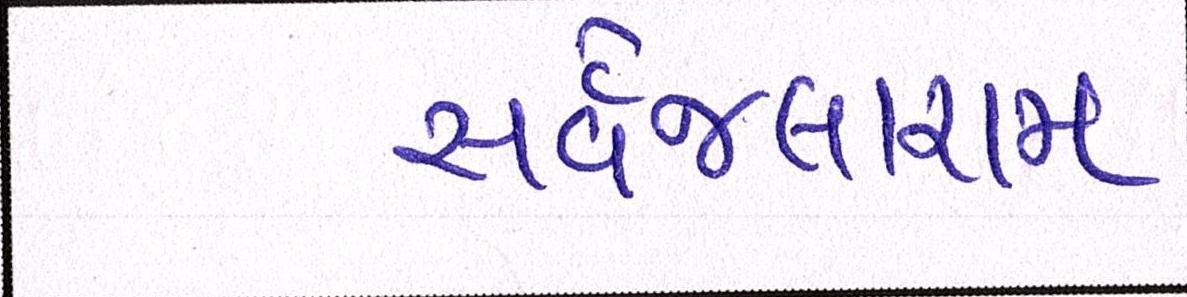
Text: સર્વેજલારામ